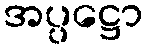
အပ္ပဋ္ဌော